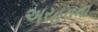
અરહતના